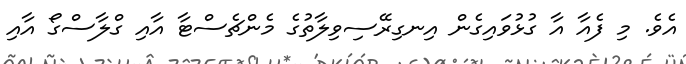
އެވެ. މި ފެއާ އާ ގުޅުވައިގެން އިނގިރޭސިވިލާތުގެ މެންޗެސްޓާ އާއި ގްލާސްގޯ އާއި